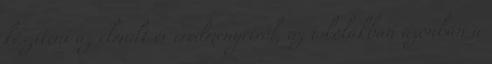
készíteni az elmúlt év eredményeiről, az iskolákban azonban a